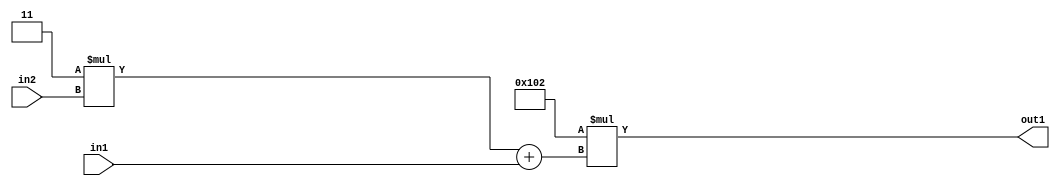
`timescale 1ps / 1ps
/*****************************************************************************
    Verilog RTL Description
    
    
    Created by: Stratus DpOpt 2019.1.01 
*******************************************************************************/

module DC_Filter_Mul2i258Add2u2Mul2i3u2_4 (
	in2,
	in1,
	out1
	); /* architecture "behavioural" */ 
input [1:0] in2,
	in1;
output [11:0] out1;
wire [11:0] asc001;
wire [3:0] asc002;

wire [3:0] asc002_tmp_0;
assign asc002_tmp_0 = 
	+(4'B0011 * in2);
assign asc002 = asc002_tmp_0
	+(in1);

assign asc001 = 
	+(12'B000100000010 * asc002);

assign out1 = asc001;
endmodule

/* CADENCE  uLTzSg4= : u9/ySgnWtBlWxVPRXgAZ4Og= ** DO NOT EDIT THIS LINE ******/